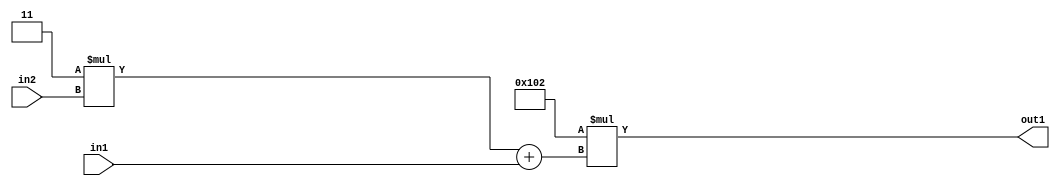
`timescale 1ps / 1ps
/*****************************************************************************
    Verilog RTL Description
    
    
    Created by: Stratus DpOpt 2019.1.01 
*******************************************************************************/

module DC_Filter_Mul2i258Add2u2Mul2i3u2_4 (
	in2,
	in1,
	out1
	); /* architecture "behavioural" */ 
input [1:0] in2,
	in1;
output [11:0] out1;
wire [11:0] asc001;
wire [3:0] asc002;

wire [3:0] asc002_tmp_0;
assign asc002_tmp_0 = 
	+(4'B0011 * in2);
assign asc002 = asc002_tmp_0
	+(in1);

assign asc001 = 
	+(12'B000100000010 * asc002);

assign out1 = asc001;
endmodule

/* CADENCE  uLTzSg4= : u9/ySgnWtBlWxVPRXgAZ4Og= ** DO NOT EDIT THIS LINE ******/